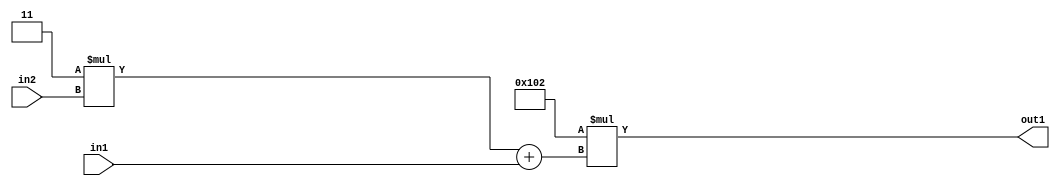
`timescale 1ps / 1ps
/*****************************************************************************
    Verilog RTL Description
    
    
    Created by: Stratus DpOpt 2019.1.01 
*******************************************************************************/

module DC_Filter_Mul2i258Add2u2Mul2i3u2_4 (
	in2,
	in1,
	out1
	); /* architecture "behavioural" */ 
input [1:0] in2,
	in1;
output [11:0] out1;
wire [11:0] asc001;
wire [3:0] asc002;

wire [3:0] asc002_tmp_0;
assign asc002_tmp_0 = 
	+(4'B0011 * in2);
assign asc002 = asc002_tmp_0
	+(in1);

assign asc001 = 
	+(12'B000100000010 * asc002);

assign out1 = asc001;
endmodule

/* CADENCE  uLTzSg4= : u9/ySgnWtBlWxVPRXgAZ4Og= ** DO NOT EDIT THIS LINE ******/